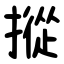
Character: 摐